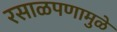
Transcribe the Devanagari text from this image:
रसाळपणामुळे